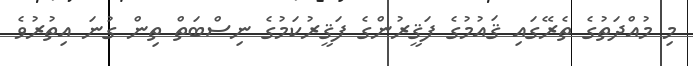
މި މުއްދަތުގެ ތެރޭގައި ޤައުމުގެ ފަޤީރުންގެ ފަޤީރުކަމުގެ ނިސްބަތް ތިން ގުނަ އިތުރުވެ